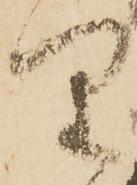
り